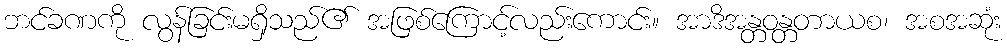
ဘင်ခဏကို လွန်ခြင်းမရှိသည်၏ အဖြစ်ကြောင့်လည်းကောင်း။ အာဒိအန္တဝန္တတာယစ၊ အစအဆုံး